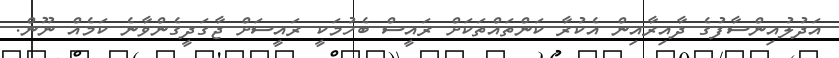
އަދުލުއިންސާފުގެ ދާއިރާއިން އެކުރާ ކަންތައްތަކަށް ރައީސް ބެހުމަކީ ރައީސަށް ޖާގަދީގެންވާނެ ކަމެއް ނޫން.